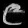
Digit: ၉